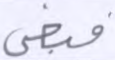
فبغى